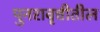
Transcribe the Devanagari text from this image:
पुनरावृत्तीतील